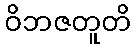
ဝိဘဇတူတိ